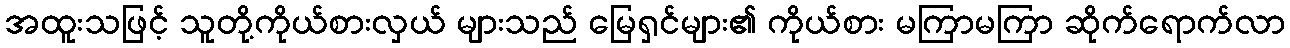
အထူးသဖြင့် သူတို့ကိုယ်စားလှယ် များသည် မြေရှင်များ၏ ကိုယ်စား မကြာမကြာ ဆိုက်ရောက်လာ